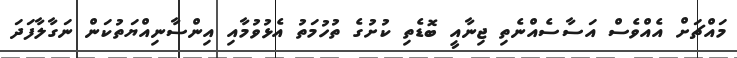
މައްޗަށް އެއްވެސް އަސާސެއްނެތި ޖިނާއީ ބޮޑެތި ކުށުގެ ތުހުމަތު އެޅުވުމާއި އިންސާނިއްޔަތުކަން ނަގާލާފަދަ